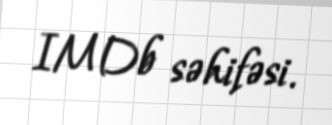
IMDb səhifəsi.